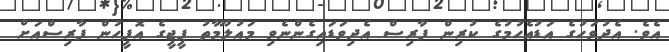
އެވެ. އެދުވަހުގެ އަޑުއެހުމުގެ ކުރިން ފާރިސް އެދިވަޑައިގެންނެވި މައުލޫމާތު ޕީޖީގެ އޮފީހުން ފާރިސްއަށް